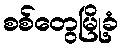
စစ်တွေမြို့ခံ